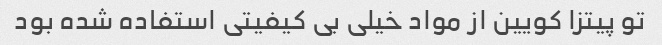
تو پیتزا کویین از مواد خیلی بی کیفیتی استفاده شده بود